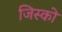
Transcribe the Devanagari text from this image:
जिस्को